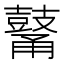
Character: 𪔜